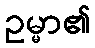
ဥမ္မာ၏